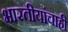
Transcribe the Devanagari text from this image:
भारतीयांचाही